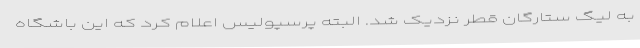
به لیگ ستارگان قطر نزدیک شد. البته پرسپولیس اعلام کرد که این باشگاه